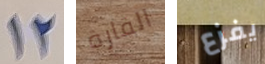
12 القارة يفزع